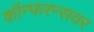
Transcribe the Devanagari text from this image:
कॉन्फरन्सवर